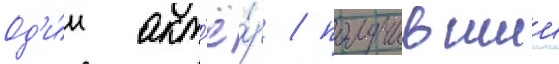
Од'и́н акт'ё́р / получившии